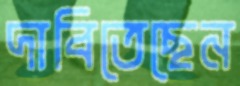
দাবিতেছেন